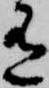
有